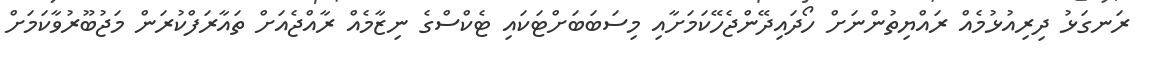
ރަނގަޅު ދިރިއުޅުމެއް ރައްޔިތުންނަށް ހޯދައިދޭންޖެހޭކަމަށާއި މިސަބަބަށްޓަކައި ޓެކްސްގެ ނިޒާމެއް ރާއްޖެއަށް ތައާރަފްކުރަން މަޖުބޫރުވާކަމަށް